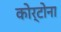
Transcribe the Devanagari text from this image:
कोर्टोना